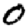
Digit: 0